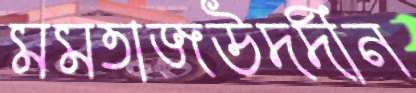
মমতাজউদদীন